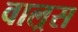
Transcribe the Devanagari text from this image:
वाल्रस